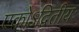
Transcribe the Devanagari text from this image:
एकोऽद्वितीयः